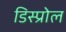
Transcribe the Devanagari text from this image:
डिस्प्रोल